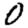
Digit: 0